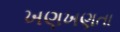
ખણખણતા